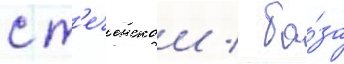
с т'еченскои / ба́за